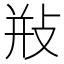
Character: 𢼩